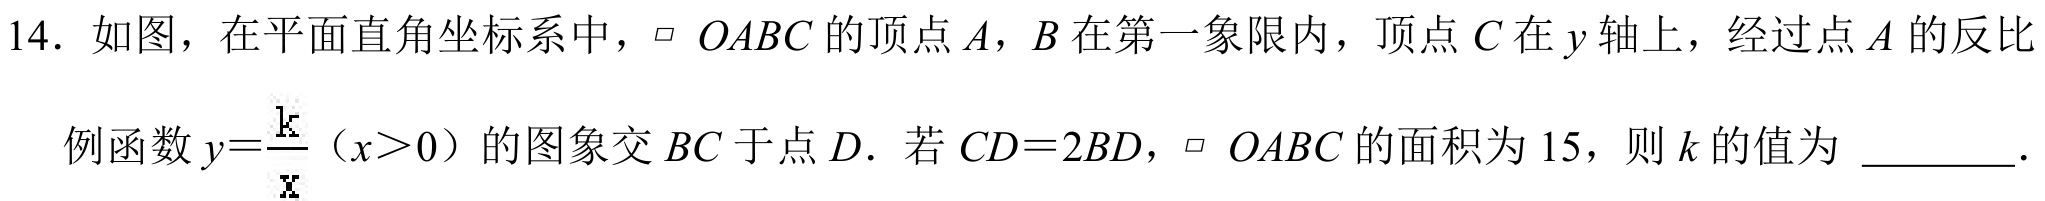
14. 如图，在平面直角坐标系中，$\parallelogram\ OABC$的顶点$A$，$B$在第一象限内，顶点$C$在$y$轴上，经过点$A$的反比例函数$y = \frac{k}{x}(x>0)$的图象交$BC$于点$D$. 若$CD = 2BD$，$\parallelogram\ OABC$的面积为$15$，则$k$的值为 ________.